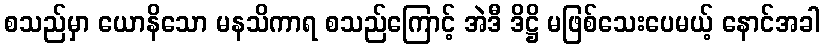
စသည်မှာ ယောနိသော မနသိကာရ စသည်ကြောင့် အဲဒီ ဒိဋ္ဌိ မဖြစ်သေးပေမယ့် နောင်အခါ